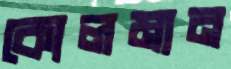
কোলমান